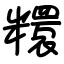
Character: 糫